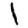
Digit: 1